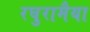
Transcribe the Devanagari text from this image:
रघुरामैया